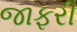
જાફરી